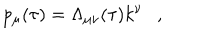
p _ { \mu } ( \tau ) = \Lambda _ { \mu \nu } ( \tau ) k ^ { \nu } ,